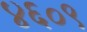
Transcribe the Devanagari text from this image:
४६०९